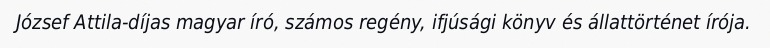
József Attila-díjas magyar író, számos regény, ifjúsági könyv és állattörténet írója.